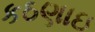
કઠણાઇ